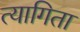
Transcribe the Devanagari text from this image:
त्यागिता